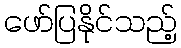
ဖော်ပြနိုင်သည့်